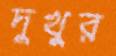
দুখুর